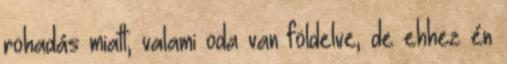
rohadás miatt, valami oda van földelve, de ehhez én